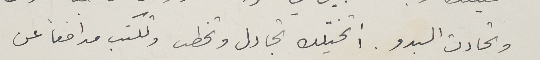
وتحادث البدو. أتخيّلك تجادل وتخطب وتكتب مدافعاً عن